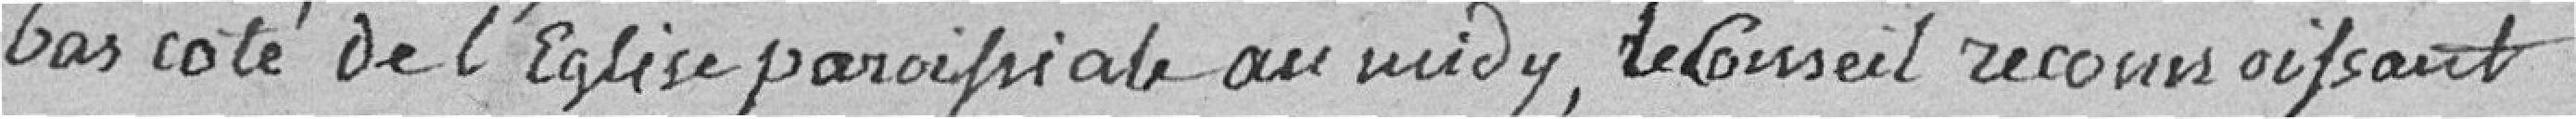
bas côté de l'Eglise paroissiale au midy, le Conseil reconnaissant